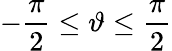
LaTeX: -\frac{\pi}{2}\leq\vartheta\leq\frac{\pi}{2}